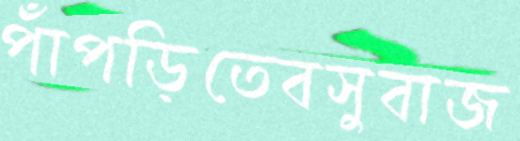
পাঁপড়িতেবসুবাজ